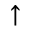
\uparrow